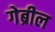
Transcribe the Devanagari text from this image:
गेब्रील